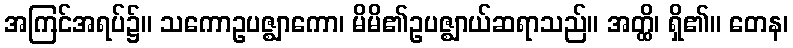
အကြင်အရပ်၌။ သကောဥပဇ္ဈာကော၊ မိမိ၏ဥပဇ္ဈာယ်ဆရာသည်။ အတ္ထိ၊ ရှိ၏။ တေန၊